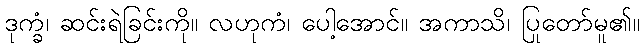
ဒုက္ခံ၊ ဆင်းရဲခြင်းကို။ လဟုကံ၊ ပေါ့အောင်။ အကာသိ၊ ပြုတော်မူ၏။